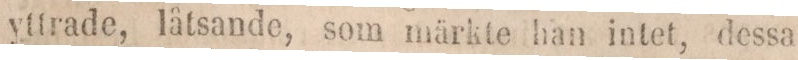
yttrade, låtsande, som märkte han intet, dessa